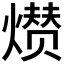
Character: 𤎺